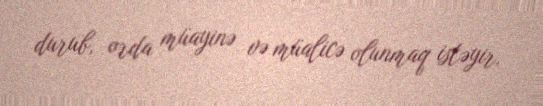
durub, orda müayinə və müalicə olunmaq istəyir.